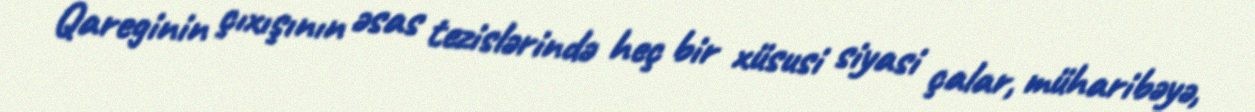
Qareginin çıxışının əsas tezislərində heç bir xüsusi siyasi çalar, müharibəyə,